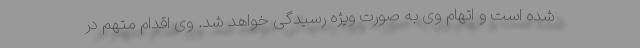
شده است و اتهام وی به صورت ویژه رسیدگی خواهد شد. وی اقدام متهم در